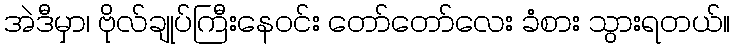
အဲဒီမှာ၊ ဗိုလ်ချုပ်ကြီးနေဝင်း တော်တော်လေး ခံစား သွားရတယ်။